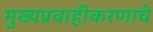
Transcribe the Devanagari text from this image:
मुख्यप्रवाहीकरणाचे